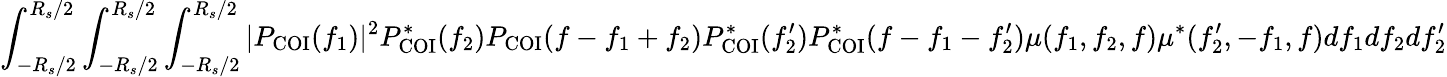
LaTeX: \int_{-R_{s}/2}^{R_{s}/2}\int_{-R_{s}/2}^{R_{s}/2}\int_{-R_{s}/2}^{R_{s}/2}|P_{\mathrm{COI}}(f_{1})|^{2}P_{\mathrm{COI}}^{\ast}(f_{2})P_{\mathrm{COI}}(f-f_{1}+f_{2})P_{\mathrm{COI}}^{\ast}(f_{2}^{\prime})P_{\mathrm{COI}}^{\ast}(f-f_{1}-f_{2}^{\prime})\mu(f_{1},f_{2},f)\mu^{\ast}(f_{2}^{\prime},-f_{1},f)df_{1}df_{2}df_{2}^{\prime}